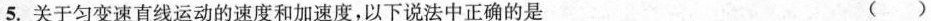
5.关于匀变速直线运动的速度和加速度，以下说法中正确的是 ()